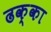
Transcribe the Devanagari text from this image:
ढक्का